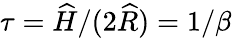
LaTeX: \tau=\widehat{H}/(2\widehat{R})=1/\beta